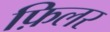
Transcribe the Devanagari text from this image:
फ़िलर